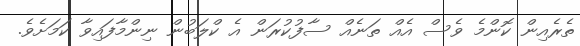
ތެރެއިން ކޮންމެ ވެސް އެއް ތަނެއް ސާފުކުރަން އެ ކްލަބުން ނިންމާފައިވާ ކަމަށެވެ.